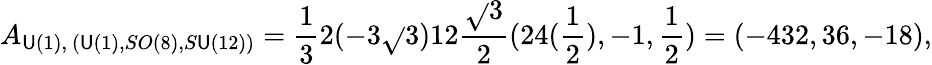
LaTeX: A_{\mathsf{U}(1),~(\mathsf{U}(1),SO(8),S\mathsf{U}(12))}=\frac{{1}}{{3}}2(-3\sqrt{}{{3}})12\frac{{\sqrt{}{{3}}}}{{2}}(24(\frac{{1}}{{2}}),-1,\frac{{1}}{{2}})=(-432,36,-18),